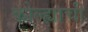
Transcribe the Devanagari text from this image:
कोल्ह्याची